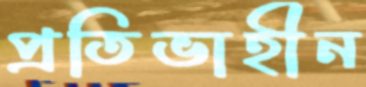
প্রতিভাহীন